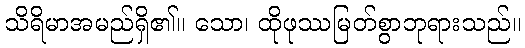
သိရိမာအမည်ရှိ၏။ သော၊ ထိုဖုဿမြတ်စွာဘုရားသည်။